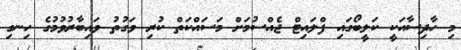
މި ހާދިސާއަކީ ކަލީބޯގައި ފްލައިޓް ޖެއްސުމަށް މަސައްކަތް ކުރި ވަގުތު ވައިބާރުވުމުގެ ހިނގި